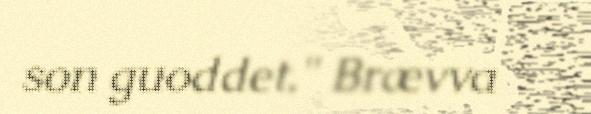
son guoddet." Brævva